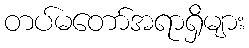
တပ်မတော်အရာရှိများ